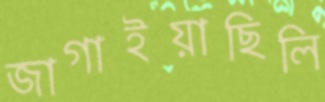
জাগাইয়াছিলি